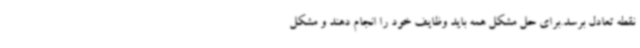
نقطه تعادل برسد.برای حل مشکل همه باید وظایف خود را انجام دهند و مشکل